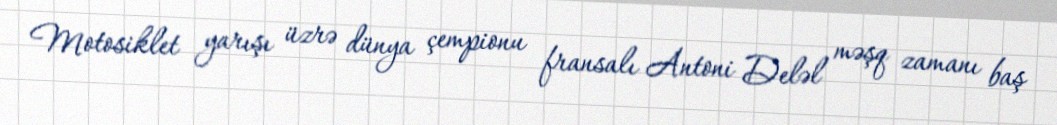
Motosiklet yarışı üzrə dünya çempionu fransalı Antoni Deləl məşq zamanı baş